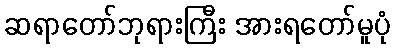
ဆရာတော်ဘုရားကြီး အားရတော်မူပုံ